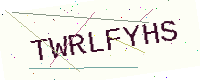
Text: TWRLFYHS